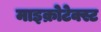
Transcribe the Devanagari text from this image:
माइक्रोटेक्स्ट